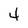
Character: 4